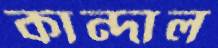
কান্দাল